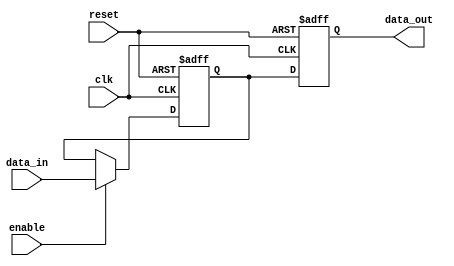
module io_buffer (
    input clk,
    input reset,
    input [7:0] data_in,
    output reg [7:0] data_out,
    input enable
);

reg [7:0] buffer;

always @(posedge clk or posedge reset) begin
    if (reset) begin
        buffer <= 8'h00;
        data_out <= 8'h00;
    end else begin
        if (enable) begin
            buffer <= data_in;
        end
        data_out <= buffer;
    end
end

endmodule